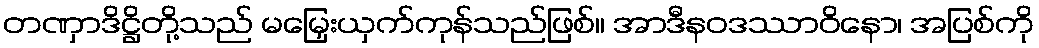
တဏှာဒိဋ္ဌိတို့သည် မမြှေးယှက်ကုန်သည်ဖြစ်။ အာဒီနဝဒဿာဝိနော၊ အပြစ်ကို